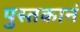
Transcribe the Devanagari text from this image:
पुस्तकानं